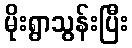
မိုးရွာသွန်းပြီး